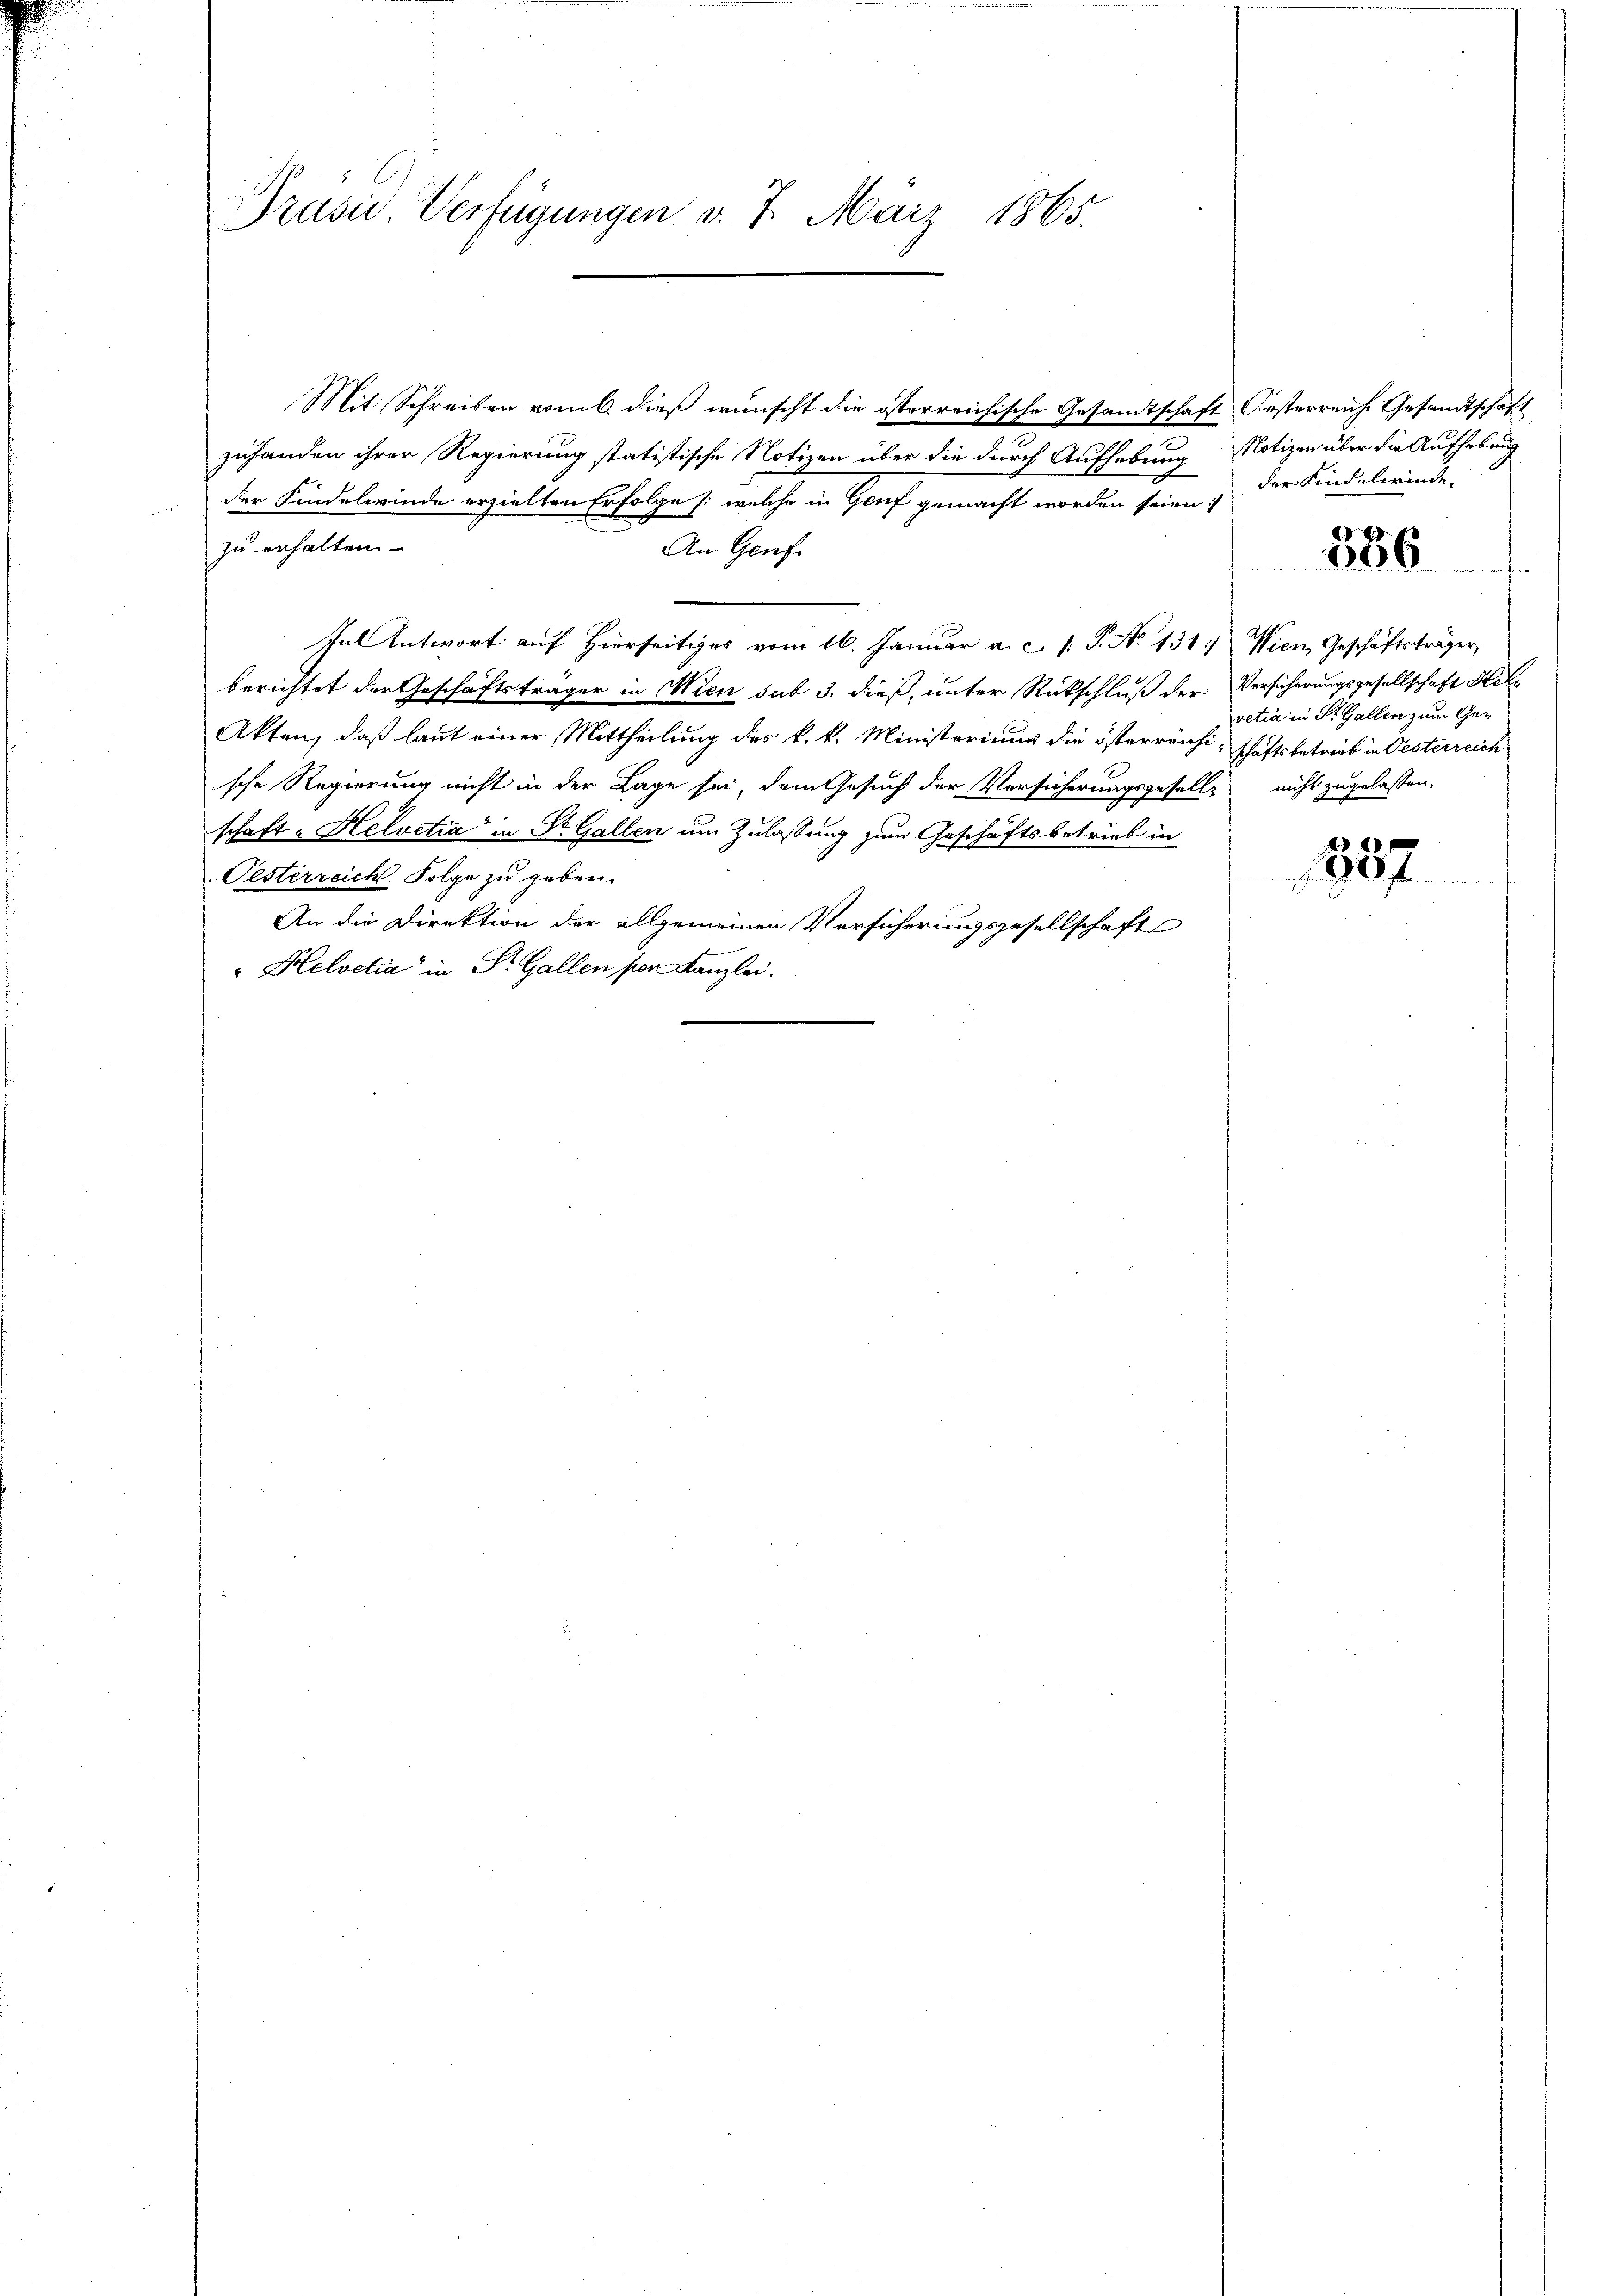
Präsid. Verfügungen v. 7. Maiz 1865.

zuhanden ihrer Regierung statistische Notizen über die durch Aufhebung Notizen über die Aufhebung
der Kindelwinde erzielten Erfolge /: welche in Genf gemacht worden seien
zu erhalten
An Genf
Inl Antwort auf Hierseitiges vom 16. Januar a. c. s. P. No 131. Wien Geschäftsträger,
berichtet der Geschäftsträger in Wien sub 3. dieß, unter Rückschluß der Versicherungsgesellschaft Hele
Akten, daß laut einer Mittheilung des k. k. Ministerium die österreichischaftsbetrieb in Oesterreich
sche Regierung nicht in der Lage sei, dem Gesuch der Versicherungsgesells nicht zugelassen.
schaft - Helvetia" in St. Gallen um Zulassung zum Geschäftsbetrieb in
Oesterreich. Folge zu geben.
An die Direktion der allgemeinen Versicherungsgesellschaft
" Helvetia" in St. Gallen von Kanzlei.

Mit Schreiben vom 6. dieß wünscht die österreichische Gesandtschaft Oesterreiche Gesandtschaft

der Kindelwinde

e
200

vetia in St. Gallen zum Ge¬

90f